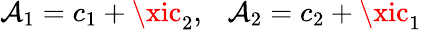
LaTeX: \mathcal{A}_{1}=c_{1}+\xic_{2},~~~\mathcal{A}_{2}=c_{2}+\xic_{1}